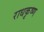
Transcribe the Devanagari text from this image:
राधकृष्ण